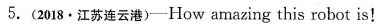
5.(2018·江苏连云港)-How amazing this robot is!